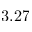
3 . 2 7